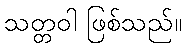
သတ္တဝါ ဖြစ်သည်။